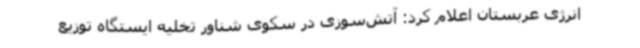
انرژی عربستان اعلام کرد: آتش‌سوزی در سکوی شناور تخلیه ایستگاه توزیع